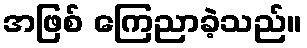
အဖြစ် ကြေညာခဲ့သည်။